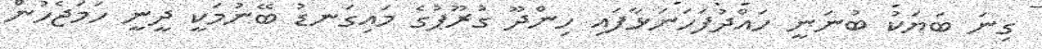
ގިނަ ބަޔަކު ބުނަނީ ހައްދުފަހަނަޅާފައި ހިންދޫ ގުރޫޕުގެ މައިގަނޑު ބޭނުމަކީ ދީނީ ހަމަޖެހުން